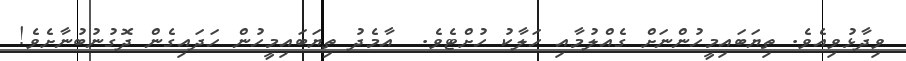
ވިދާޅުވިއެވެ. ތިޔަބައިމީހުންނަށް ގެއްލުމާއި ހަލާކު ހުށްޓެވެ.  އާމެދު ތިޔަބައިމީހުން ހަދައިގެން ދޮގުނުބުނާށެވެ!